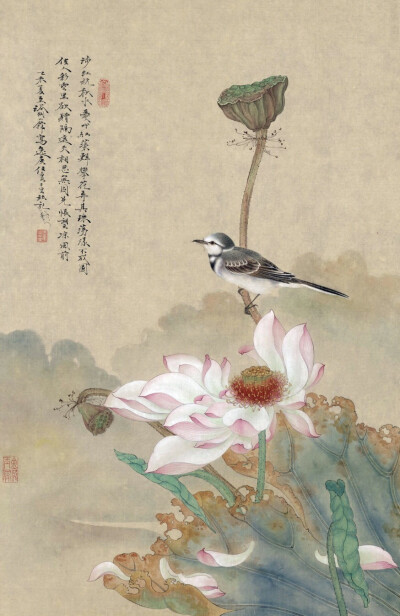
攀荷弄其珠，荡漾不成圆。